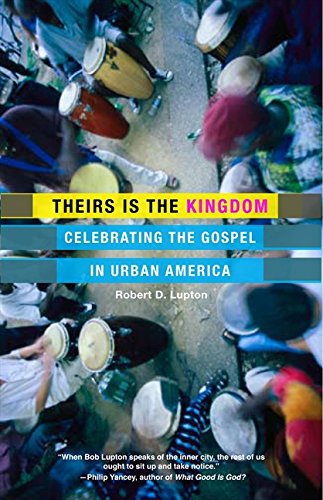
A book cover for Theirs Is the Kingdom: Celebrating the Gospel in Urban America; Robert D. Lupton; Politics & Social Sciences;